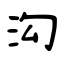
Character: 沟